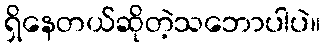
ရှိနေတယ်ဆိုတဲ့သဘောပါပဲ။